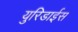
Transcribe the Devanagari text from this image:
युरिडाईस